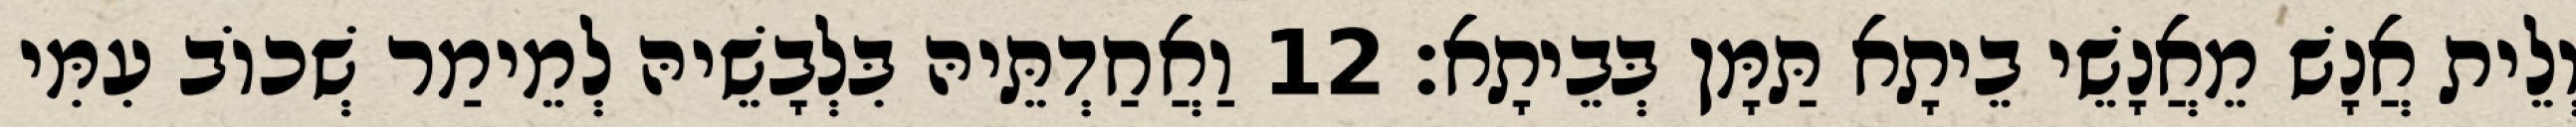
וְלֵית אֲנָשׁ מֵאֲנָשֵׁי בֵיתָא תַּמָּן בְּבֵיתָא׃ 12 וַאֲחַדְתֵּיהּ בִּלְבָשֵׁיהּ לְמֵימַר שְׁכוֹב עִמִּי